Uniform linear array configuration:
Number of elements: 24
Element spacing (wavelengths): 0.25
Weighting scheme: cosine
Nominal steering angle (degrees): -30
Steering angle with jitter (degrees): -30.052
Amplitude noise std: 0.05
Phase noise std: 0.05

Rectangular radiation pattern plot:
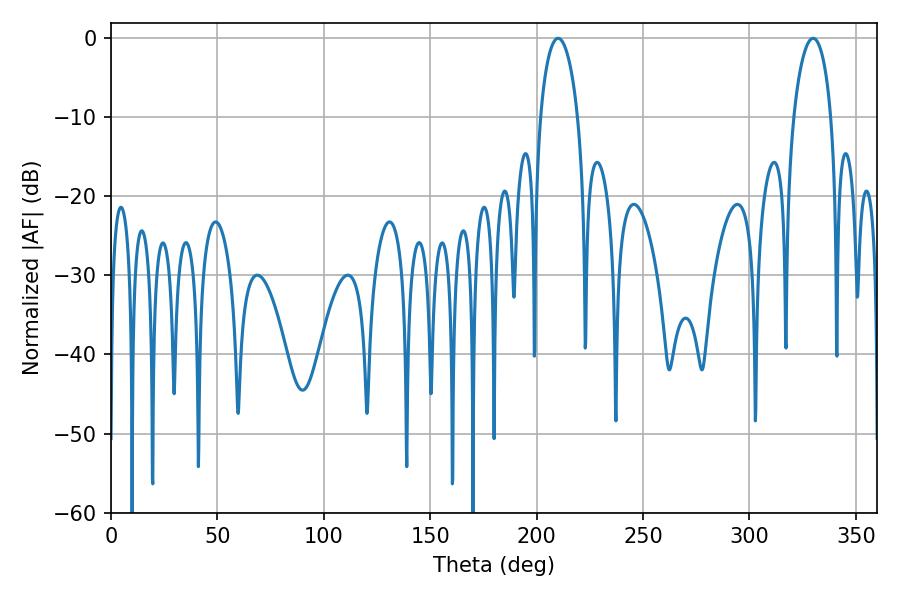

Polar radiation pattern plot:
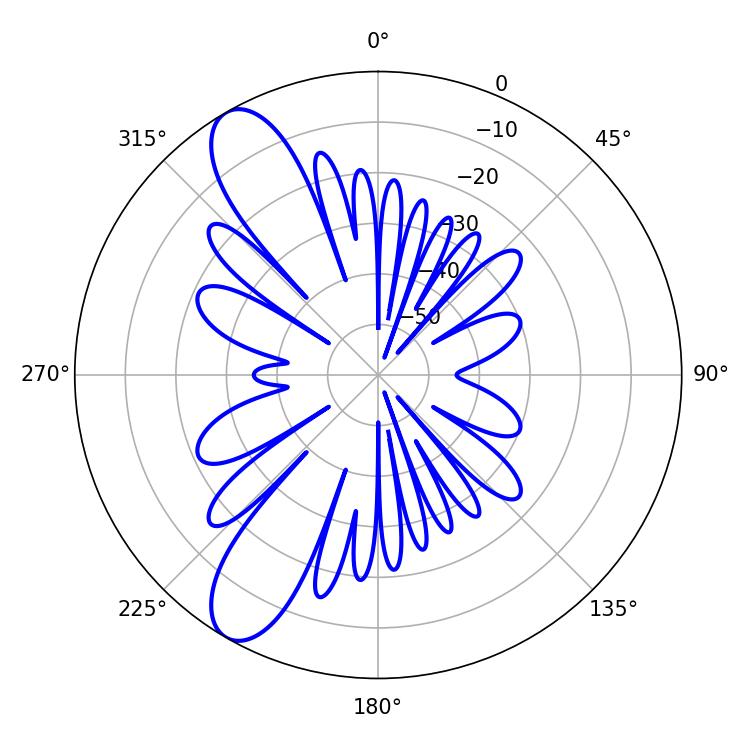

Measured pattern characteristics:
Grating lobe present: FALSE
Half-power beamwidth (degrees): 10.08
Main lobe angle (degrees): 210.06